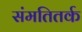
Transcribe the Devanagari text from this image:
संमतितर्क